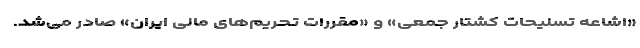
«اشاعه تسلیحات کشتار جمعی» و «مقررات تحریم‌های مالی ایران» صادر می‌شد.